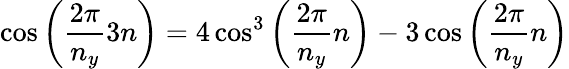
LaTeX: \cos\left(\frac{2\pi}{n_{y}}3n\right)=4\cos^{3}\left(\frac{2\pi}{n_{y}}n\right)-3\cos\left(\frac{2\pi}{n_{y}}n\right)